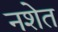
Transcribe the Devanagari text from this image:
नशेत